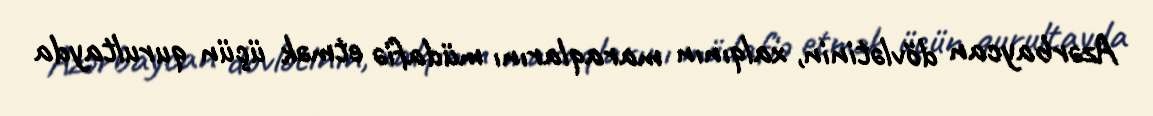
Azərbaycan dövlətinin, xalqının maraqlarını müdafiə etmək üçün qurultayda